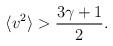
LaTeX: \begin{align*}\langle v^2 \rangle > \frac{3\gamma+1}{2}.\end{align*}